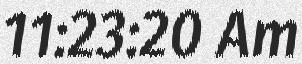
11:23:20 Am